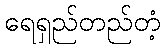
ရေရှည်တည်တံ့